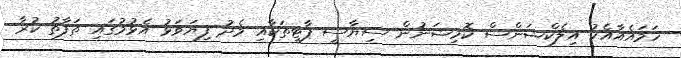
ހަމައެއާއެކު އިލެކްޝަންސް ކޮމިޝަނުން ސިޔާސީ ޕާޓީތަކާއި މެދު ފިޔަވަޅު އެޅުމުގައި ތަފާތު ކުރާ